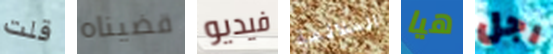
قلت قضيناه فيديو الملائمة هيا رجل